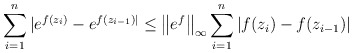
\begin{align*}\sum_{i=1}^n |e^{f(z_i)} - e^{f(z_{i-1})|} \leq \bigl\| e^f \bigr\|_{\infty} \sum_{i=1}^n |f(z_i) - f(z_{i-1})| \end{align*}